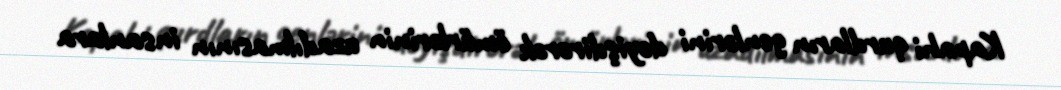
Kapahi qurdların genlərini dəyişdirərək ömürlərinin uzadılmasının insanlara